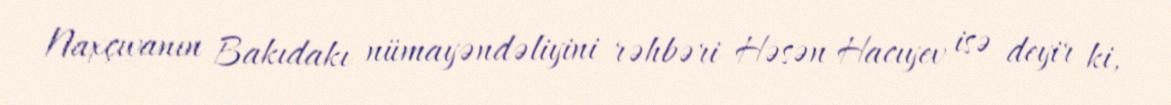
Naxçıvanın Bakıdakı nümayəndəliyini rəhbəri Həsən Hacıyev isə deyir ki,